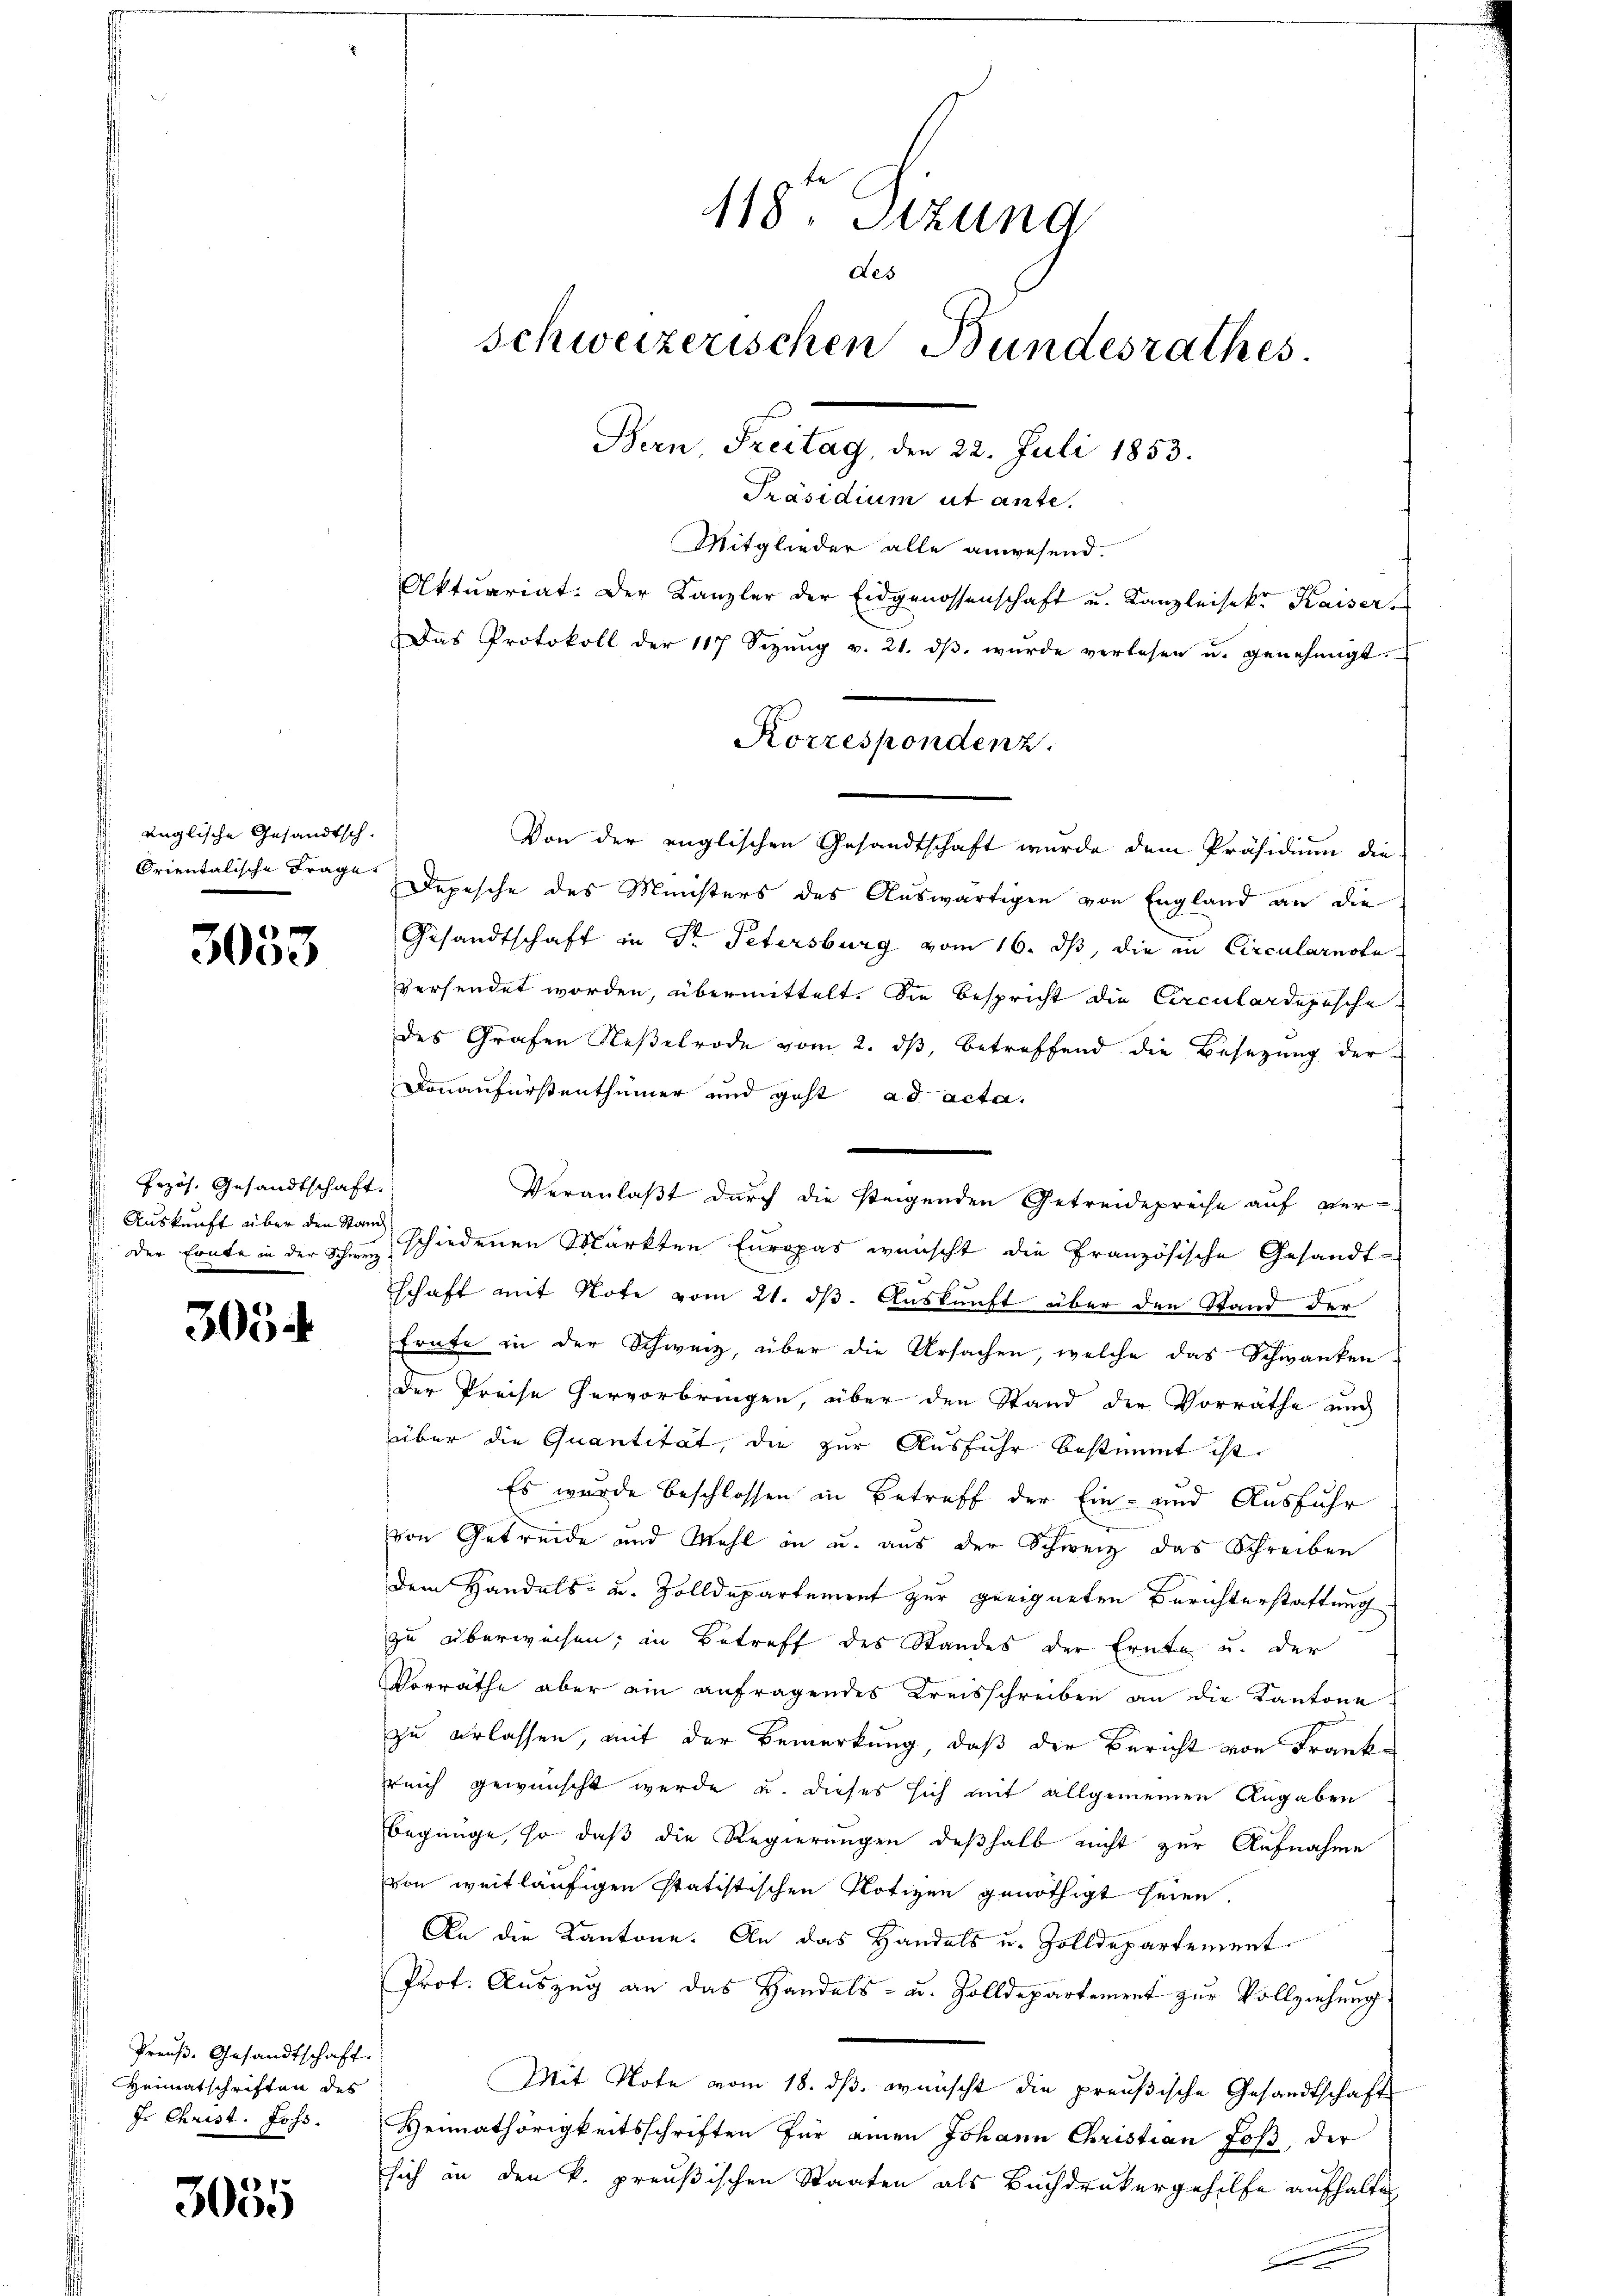
englische Gesandtsch.

3053

Przös. Gesandtschaft.
 Der Ernte in der Schweiz

3054

Preŭβ- Gesandtschaft.
Heimatschriften des
J. Christ. Johs.

3035

Von der englischen Gesandtschaft wurde dem Präsidium die
Orientalische Frage Depesche des Ministers des Auswärtigen von England an die
Gesandtschaft in Sr. Petersburg vom 16. dβ, die in Circularnste
versendet worden, übermittelt. Sie Bespricht die Circulardepische
des Grafen Neßelrode vom 2. ds, betreffend die Besetzung der
Donauferstenthümer und geht ad acta.
Veranlaßt durch die steigenden Getreidepreise auf ver¬
Auskunft über den Stand schiedenen Märkten Europas wünscht die Französische Gesandt-
schaft mit Note vom 21. ds. Auskunft über den Stand der
Ernte in der Schweiz, über die Ursachen, welche das Schwanken
der Preise hervorbringen, über den Stand der Vorräthe und
über die Quantität, die zur Ausfuhr bestimmt ist.
Es wurde beschlossen in Betreff der Ein- und Ausfuhr
von Getreide und Wohl in u. aus der Schweiz das Schreiben
dem Handels- u. Zolldepartement zur geeigneten Berichterstattung
zu überweisen; in Betreff des Standes der Ernte u. der
Vorräthe aber ein anfragendes Kreisschreiben an die Kantone
zu erlassen, mit der Bemerkung, daß der Bericht von Frankreich gewünscht werde u. dieses sich mit allgemeinen Angaben
begnüge, so daß die Regierungen deßhalb nicht zur Aufnahme
von weitläufigen statistischen Notizen genöthigt seien.
An die Kantone. An das Handels u. Zolldepartement
Prof. Auszug an das Handels- u. Zolldepartement zur Vollziehung.
Mit Note vom 18. dβ. wünscht die preußische Gesandtschaft
Heimathörigkeitsschriften für einen Johann Christian Joß, der
sich in den k. preußischen Staaten als Buchdrukergehilfe aufhalten

118. Sizung
des
Schweizerischen Bundesrathes.
Bern, Freitag, den 22. Juli 1853.
Präsidium ut ante.
Mitglieder alle anwesend.

Aktuariat: Der Kanzler der Eidgenossenschaft u. Kanzleisekr. Kaiser.
Das Protokoll der 117 Sizŭng v. 21. dβ wŭrde verlesen u. genehmigt.
Korrespondenz.